Annual administration report of the Civil Veterinary Department of India - 1905-1906
Year: 1905
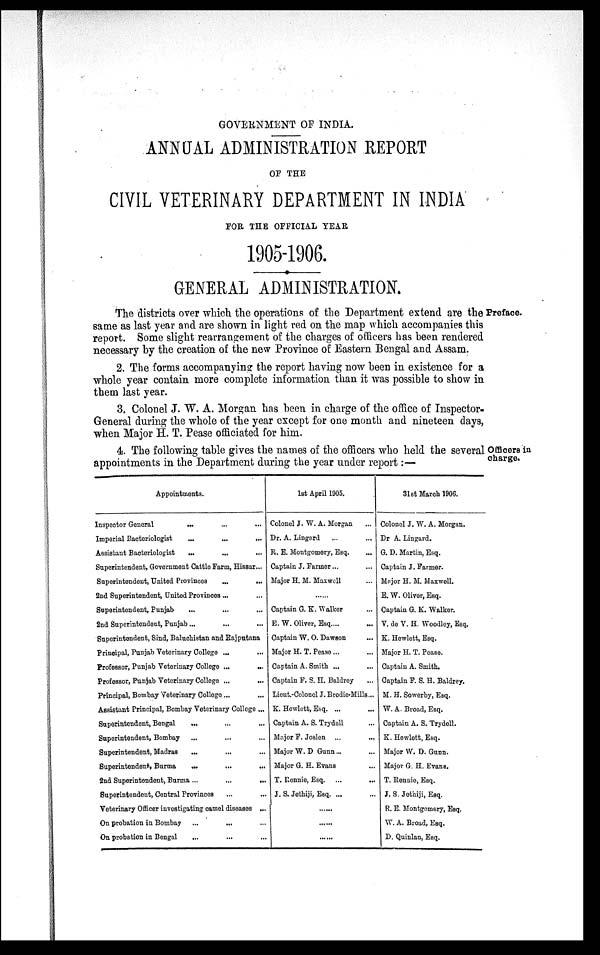
GOVERNMENT OF INDIA.
ANNUAL ADMINISTRATION REPORT
OF THE
CIVIL VETERINARY DEPARTMENT IN INDIA
FOR THE OFFICIAL YEAR
1905-1906.
GENERAL ADMINISTRATION.
Preface.
The districts over which the operations of the Department extend are the
same as last year and are shown in light red on the map which accompanies this
report. Some slight rearrangement of the charges of officers has been rendered
necessary by the creation of the new Province of Eastern Bengal and Assam.
2. The forms accompanying the report having now been in existence for a
whole year contain more complete information than it was possible to show in
them last year.
3. Colonel J. W. A. Morgan has been in charge of the office of Inspector-
General during the whole of the year except for one month and nineteen days,
when Major H. T. Pease officiated for him.
Officers in
charge.
4. The following table gives the names of the officers who held the several
appointments in the Department during the year under report:—
Appointments.
Inspector General
... ... ...
Imperial Bacteriologist
Assistant Bacteriologist
... ... ...
Superintendent, Government Cattle Farm, Hissar...
Superintendent, United Provinces
...
...
2nd Superintendent, United Provinces ... ...
Superintendent, Punjab ... ... ...
2nd Superintendent, Punjab ... ... ...
Superintendent, Sind, Baluchistan and Rajputana
Principal, Punjab Veterinary College ... ...
Professor, Punjab Veterinary College ...
...
Professor, Punjab Veterinary College ... ...
Principal, Bombay Veterinary College ... ...
Assistant Principal, Bombay Veterinary College ...
Superintendent, Bengal ... ... ...
Superintendent, Bombay ... ... ...
Superintendent, Madras ... ... ...
Superintendent, Burma
...
...
...
2nd Superintendent, Burma ... ... ...
Superintendent, Central Provinces... ...
Veterinary Officer investigating camel diseases ...
On probation in Bombay ... ... ...
On probation in Bengal ... ... ...
1st April 1905.
Colonel J. W. A. Morgan
Dr. A. Lingord ... ...
R. E. Montgomery, Esq. ...
Captain J. Farmer ... ...
Major H. M. Maxwell
.....
Captain G. E. Walker
E. W. Oliver, Esq....
Captain W. 0. Dawson
Major H. T. Pease ... ...
Captain A. Smith ...
Captain F. S. H. Baldrey ...
Lieut.-Colonol J. Brodie-Mills...
K. Hewlett, Esq. ... ...
Captain A. S. Trydell ...
Major F. Joslen ...
...
Major W. D Gunn... ...
Major G. H. Evans ...
T. Rennie, Esq. ... ...
J. S. Jethiji, Esq. ... ...
... ...
... ...
... ...
31st March 1906.
Colonel J. W. A. Morgan.
Dr A. Lingard.
G. D. Martin, Esq.
Captain J. Farmer.
Major H. M. Maxwell.
E. W. Oliver, Esq.
Captain G. K. Walker.
V. de V. H. Woodley, Esq.
K. Hewlett, Esq.
Major H. T. Pease.
Captain A. Smith.
Captain F. S. H. Baldrey.
M. H. Sowerby, Esq.
W. A. Broad, Esq.
Captain A. S. Trydell.
K. Hewlett, Esq.
Major W. D. Gunn.
Major G. H. Evana.
T. Rennie, Esq.
J. S. Jethiji, Esq.
R. E. Montgomery, Esq.
W. A. Broad, Esq.
1 D. Quinlan, Esq.